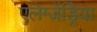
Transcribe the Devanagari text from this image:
एलेग्जेंड्रेिया